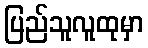
ပြည်သူလူထုမှာ